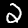
Digit: 2